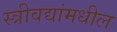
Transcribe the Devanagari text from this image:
स्त्रीवद्यांमधील